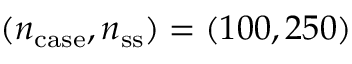
( n _ { \mathrm { c a s e } } , n _ { \mathrm { s s } } ) = ( 1 0 0 , 2 5 0 )